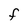
Character: f